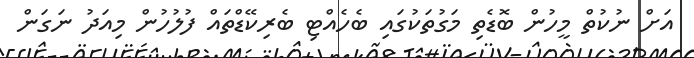
އަށް ނުކުތް މީހުން ބޮޑެތި މަގުތަކުގައި ބެހެއްޓި ބެރިކޭޑްތައް ފުލުހުން މިއަދު ނަގަން